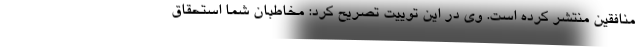
منافقین منتشر کرده است. وی در این توییت تصریح کرد: مخاطبان شما استحقاق